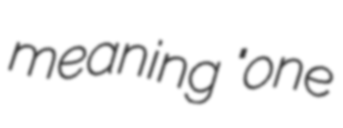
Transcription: meaning "one